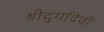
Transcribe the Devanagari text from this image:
श्रीदुर्गादेवी